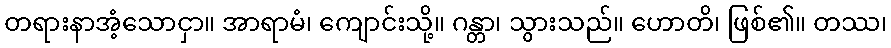
တရားနာအံ့သောငှာ။ အာရာမံ၊ ကျောင်းသို့။ ဂန္တာ၊ သွားသည်။ ဟောတိ၊ ဖြစ်၏။ တဿ၊